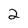
Character: 2